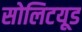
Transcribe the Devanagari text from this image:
सोलिटयूड